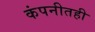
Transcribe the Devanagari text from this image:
कंपनीतही